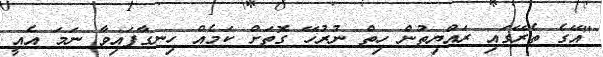
"އޭގެ ތެރޭގައި ރައްޔިތުން ހިތް ނުރުހޭ ގޮތަށް ކަމެއް ހިނގާފައިވާ ނަމަ އެއީ